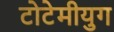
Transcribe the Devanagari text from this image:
टोटेमीयुग